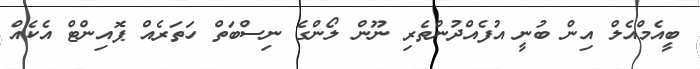
ބީއެމްއެލް އިން ބުނީ އުފެއްދުންތެރި ނޫން ލޯންގެ ނިސްބަތް ހަތަރެއް ޕޮއިންޓް އެކެއް